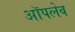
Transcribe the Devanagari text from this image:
ऑपलेव